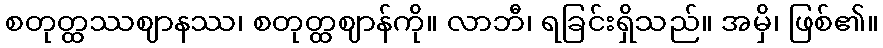
စတုတ္ထဿဈာနဿ၊ စတုတ္ထဈာန်ကို။ လာဘီ၊ ရခြင်းရှိသည်။ အမှိ၊ ဖြစ်၏။